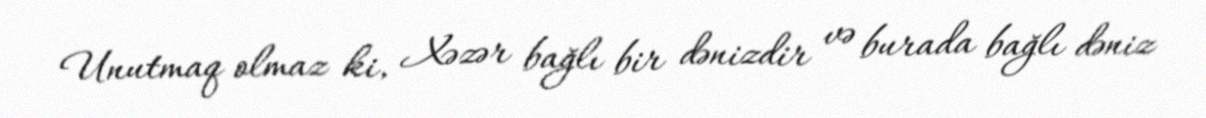
Unutmaq olmaz ki, Xəzər bağlı bir dənizdir və burada bağlı dəniz